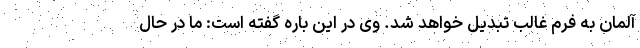
آلمان به فرم غالب تبدیل خواهد شد. وی در این باره گفته است: ما در حال